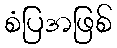
စံပြအဖြစ်